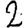
Digit: 2